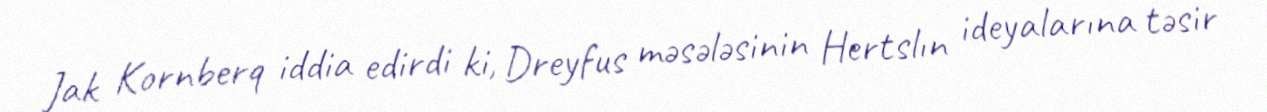
Jak Kornberq iddia edirdi ki, Dreyfus məsələsinin Hertslın ideyalarına təsir